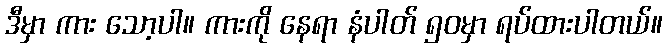
ဒီမှာ ကား သော့ပါ။ ကားကို နေရာ နံပါတ် ၅၀မှာ ရပ်ထားပါတယ်။